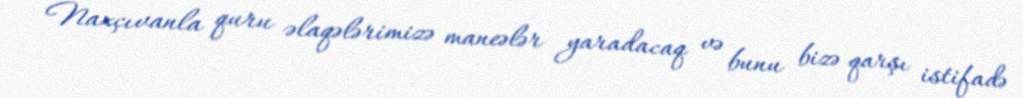
Naxçıvanla quru əlaqələrimizə maneələr yaradacaq və bunu bizə qarşı istifadə